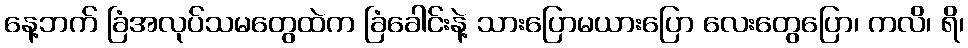
နေ့ဘက် ခြံအလုပ်သမတွေထဲက ခြံခေါင်းနဲ့ သားပြောမယားပြော လေးတွေပြော၊ ကလိ၊ ရိ၊